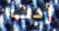
ردت